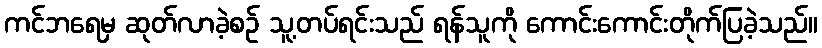
ကင်ဘရေမှ ဆုတ်လာခဲ့စဉ် သူ့တပ်ရင်းသည် ရန်သူကို ကောင်းကောင်းတိုက်ပြခဲ့သည်။